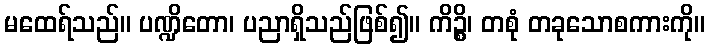
မထေရ်သည်။ ပဏ္ဍိတော၊ ပညာရှိသည်ဖြစ်၍။ ကိဉ္စိ၊ တစုံ တခုသောစကားကို။